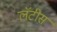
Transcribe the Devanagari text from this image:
लॅटीस